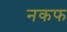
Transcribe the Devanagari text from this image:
नकफ